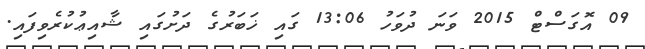
09 އޮގަސްޓް 2015 ވަނަ ދުވަހު 13:06 ގައި ޚަބަރުގެ ދަށުގައި ޝާއިޢުކުރެވިފައި.